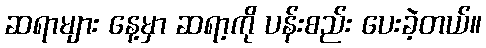
ဆရာများ နေ့မှာ ဆရာ့ကို ပန်းစည်း ပေးခဲ့တယ်။